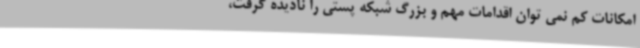
امکانات کم‌ نمی توان اقدامات مهم و بزرگ شبکه پستی را نادیده گرفت،